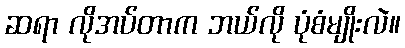
ဆရာ လိုအပ်တာက ဘယ်လို ပုံစံမျိုးလဲ။